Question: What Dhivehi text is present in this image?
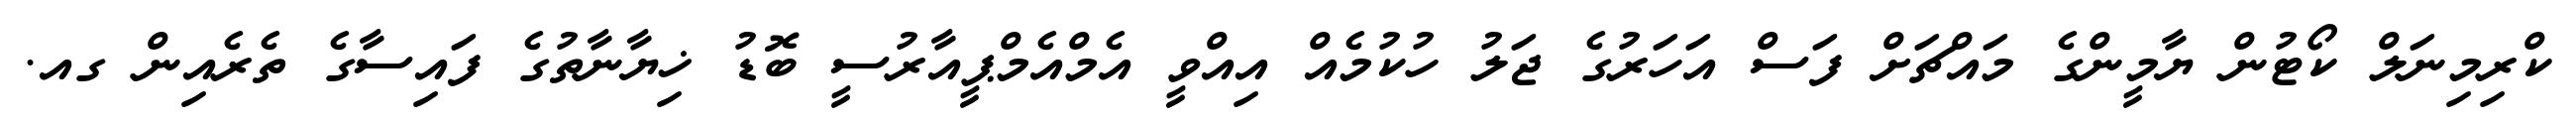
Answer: ކްރިމިނަލް ކޯޓުން ޔާމީންގެ މައްޗަށް ފަސް އަހަރުގެ ޖަލު ހުކުމެއް އިއްވީ އެމްއެމްޕީއާރުސީ ބޮޑު ޚިޔާނާތުގެ ފައިސާގެ ތެރެއިން ގއ.